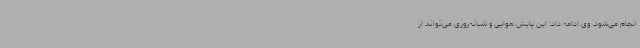
انجام می‌شود. وی ادامه داد: این پایش هوایی و شبانه‌روزی می‌تواند از